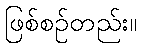
ဖြစ်စဉ်တည်း။